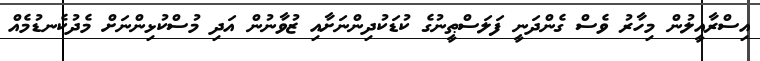
އިސްރާއީލުން މިހާރު ވެސް ގެންދަނީ ފަލަސްޠީނުގެ ކުޑަކުދިންނަށާއި ޒުވާނުން އަދި މުސްކުޅިންނަށް މެދުކެނޑުމެއް